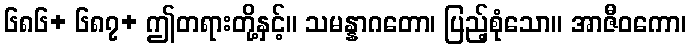
၆၈၆+ ၆၈၇+ ဤတရားတို့နှင့်။ သမန္နာဂတော၊ ပြည့်စုံသော။ အာဇီဝကော၊